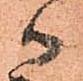
ハ